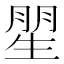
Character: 𱰙